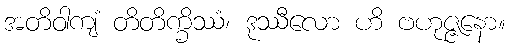
အတိဝါကျံ တိတိက္ခိဿံ၊ ဒုဿီလော ဟိ ဗဟုဇ္ဇနော။